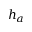
h _ { a }